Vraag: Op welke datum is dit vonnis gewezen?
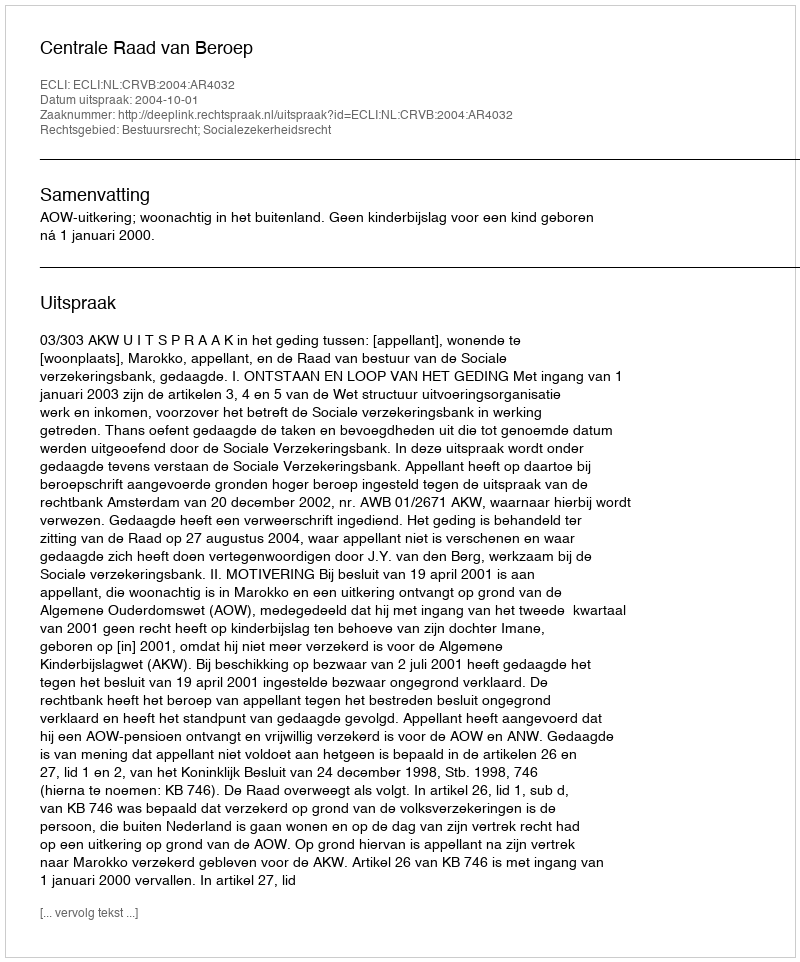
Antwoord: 2004-10-01